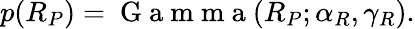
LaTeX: p(R_{P})=\mathrm{~G~a~m~m~a~}(R_{P};\alpha_{R},\gamma_{R}).